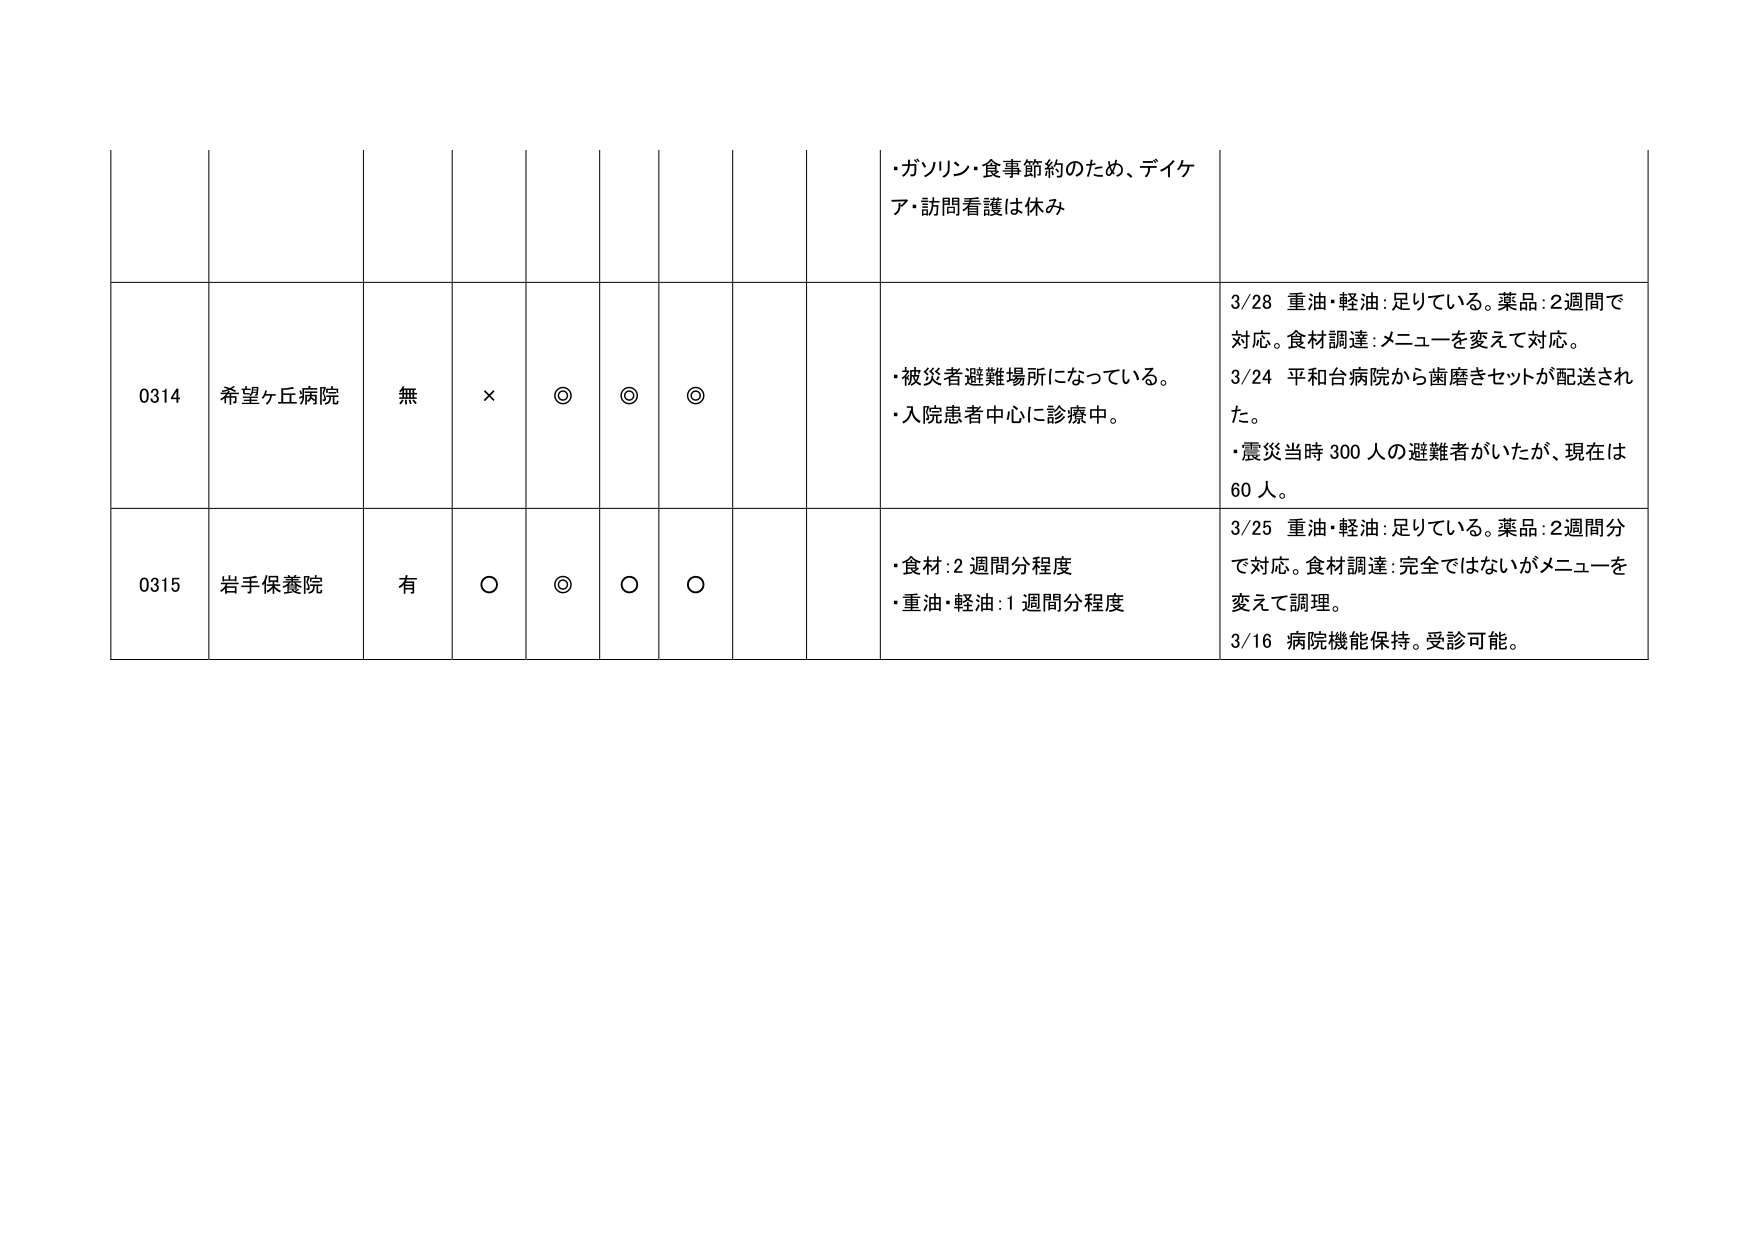
・ガソリン・食事節約のため、デイケア・訪問看護は休み

0314 希望ヶ丘病院 無 × ◎ ◎ ◎
・被災者避難場所になっている。
・入院患者中心に診療中。

3/28 重油・軽油：足りている。薬品：2週間で対応。食材調達：メニューを変えて対応。
3/24 平和台病院から歯磨きセットが配送された。
・震災当時300人の避難者がいたが、現在は60人。

0315 岩手保養院 有 ○ ◎ ○ ○
・食材：2週間分程度
・重油・軽油：1週間分程度

3/25 重油・軽油：足りている。薬品：2週間分で対応。食材調達：完全ではないがメニューを変えて調理。
3/16 病院機能保持。受診可能。